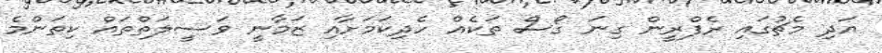
އަދި މެޗުގައި ރެފްރީން ގިނަ ގޯސް ތަކެއް ހެދިކަމަށާއި ޒަމާނީ ވަސީލަތްތައް ކިތަންމެ